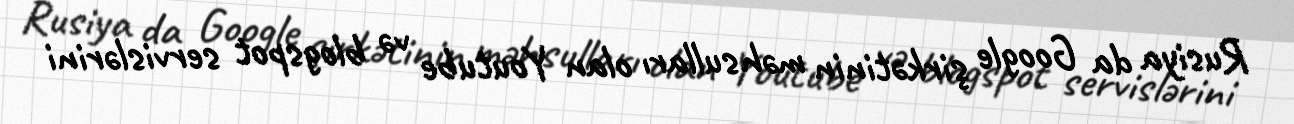
Rusiya da Google şirkətinin məhsulları olan Youtube və blogspot servislərini